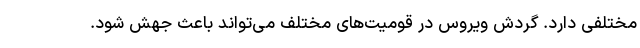
مختلفی دارد. گردش ویروس در قومیت‌های مختلف می‌تواند باعث جهش شود.